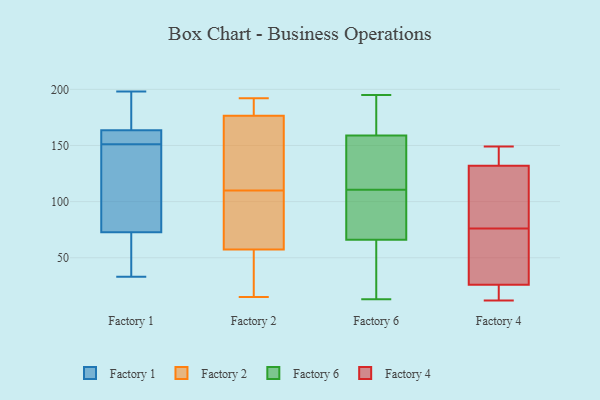
{"axis": {"x": "Backlog", "y": "Value"}, "legend": ["Factory 1", "Factory 2", "Factory 4", "Factory 6"], "data": [{"x": "", "y": 198, "type": "Factory 1"}, {"x": "", "y": 162, "type": "Factory 1"}, {"x": "", "y": 154, "type": "Factory 1"}, {"x": "", "y": 130, "type": "Factory 1"}, {"x": "", "y": 57, "type": "Factory 1"}, {"x": "", "y": 78, "type": "Factory 1"}, {"x": "", "y": 151, "type": "Factory 1"}, {"x": "", "y": 168, "type": "Factory 1"}, {"x": "", "y": 161, "type": "Factory 1"}, {"x": "", "y": 197, "type": "Factory 1"}, {"x": "", "y": 51, "type": "Factory 1"}, {"x": "", "y": 33, "type": "Factory 1"}, {"x": "", "y": 118, "type": "Factory 1"}, {"x": "", "y": 115, "type": "Factory 2"}, {"x": "", "y": 162, "type": "Factory 2"}, {"x": "", "y": 192, "type": "Factory 2"}, {"x": "", "y": 169, "type": "Factory 2"}, {"x": "", "y": 142, "type": "Factory 2"}, {"x": "", "y": 19, "type": "Factory 2"}, {"x": "", "y": 179, "type": "Factory 2"}, {"x": "", "y": 64, "type": "Factory 2"}, {"x": "", "y": 15, "type": "Factory 2"}, {"x": "", "y": 55, "type": "Factory 2"}, {"x": "", "y": 183, "type": "Factory 2"}, {"x": "", "y": 186, "type": "Factory 2"}, {"x": "", "y": 110, "type": "Factory 2"}, {"x": "", "y": 77, "type": "Factory 2"}, {"x": "", "y": 55, "type": "Factory 2"}, {"x": "", "y": 68, "type": "Factory 2"}, {"x": "", "y": 79, "type": "Factory 2"}, {"x": "", "y": 181, "type": "Factory 2"}, {"x": "", "y": 19, "type": "Factory 2"}, {"x": "", "y": 93, "type": "Factory 6"}, {"x": "", "y": 141, "type": "Factory 6"}, {"x": "", "y": 56, "type": "Factory 6"}, {"x": "", "y": 104, "type": "Factory 6"}, {"x": "", "y": 170, "type": "Factory 6"}, {"x": "", "y": 148, "type": "Factory 6"}, {"x": "", "y": 76, "type": "Factory 6"}, {"x": "", "y": 116, "type": "Factory 6"}, {"x": "", "y": 109, "type": "Factory 6"}, {"x": "", "y": 13, "type": "Factory 6"}, {"x": "", "y": 181, "type": "Factory 6"}, {"x": "", "y": 31, "type": "Factory 6"}, {"x": "", "y": 180, "type": "Factory 6"}, {"x": "", "y": 17, "type": "Factory 6"}, {"x": "", "y": 112, "type": "Factory 6"}, {"x": "", "y": 195, "type": "Factory 6"}, {"x": "", "y": 122, "type": "Factory 4"}, {"x": "", "y": 136, "type": "Factory 4"}, {"x": "", "y": 104, "type": "Factory 4"}, {"x": "", "y": 40, "type": "Factory 4"}, {"x": "", "y": 149, "type": "Factory 4"}, {"x": "", "y": 12, "type": "Factory 4"}, {"x": "", "y": 25, "type": "Factory 4"}, {"x": "", "y": 141, "type": "Factory 4"}, {"x": "", "y": 34, "type": "Factory 4"}, {"x": "", "y": 132, "type": "Factory 4"}, {"x": "", "y": 56, "type": "Factory 4"}, {"x": "", "y": 15, "type": "Factory 4"}, {"x": "", "y": 26, "type": "Factory 4"}, {"x": "", "y": 96, "type": "Factory 4"}]}